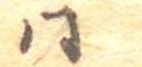
同